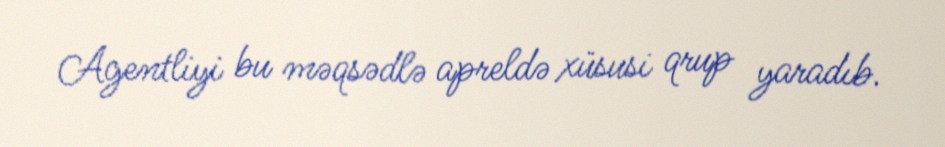
Agentliyi bu məqsədlə apreldə xüsusi qrup yaradıb.